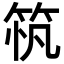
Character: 𥭂